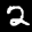
Label: 2